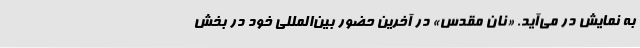
به نمایش در می‌آید. «نان مقدس» در آخرین حضور بین‌المللی خود در بخش